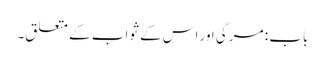
باب : مرگی اور اس کے ثواب کے متعلق۔